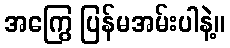
အကြွေ ပြန်မအမ်းပါနဲ့။